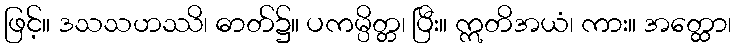
ဖြင့်။ ဒသသဟဿိ၊ ဓာတ်၌။ ပကမ္ပိတ္တ၊ ပြီး။ ဣတိအယံ၊ ကား။ အတ္ထော၊